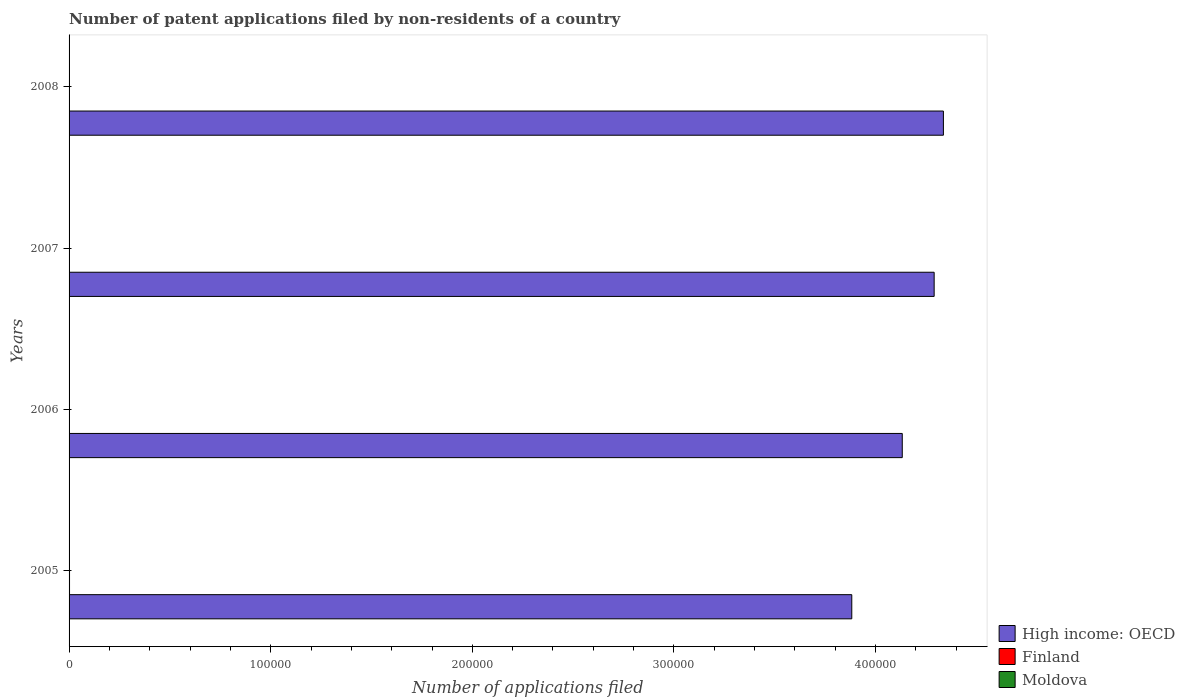
| Years | High income: OECD | Finland | Moldova |
 | --- | --- | --- | --- |
 | 2005 | 3.88e+05 | 229 | 11 |
 | 2006 | 4.13e+05 | 202 | 9 |
 | 2007 | 4.29e+05 | 211 | 14 |
 | 2008 | 4.34e+05 | 147 | 22 |